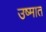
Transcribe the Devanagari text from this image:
उष्मात